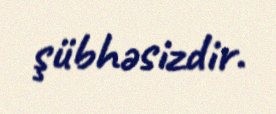
şübhəsizdir.